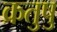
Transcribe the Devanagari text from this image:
क्रतुषु